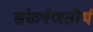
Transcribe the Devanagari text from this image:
संकर्षणतीर्थ